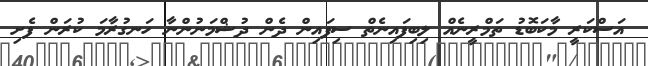
އަސްކަރީ މާކަބޮޑު ތަމްރީނެއް ލިބިފައިނެތް ސިފައިން ދެން ދުޝްމަނުންނާ ހަނގުރާމަ ކުރަން ފެށި